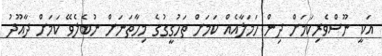
އަކީ ނޫސްވެރިކަމަށް ދިން ހަމަލާއެއް ކަމަށް ތަހުގީގުގެ މިހާތަނަށް ނުބެލެވޭ ކަމަށް ދާއޫދު